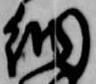
納